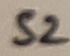
Text: S2